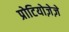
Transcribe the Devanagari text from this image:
प्रोटियोज़ेज़े